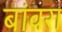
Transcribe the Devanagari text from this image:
बांवरा